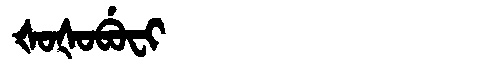
Manchu: ᡧᠣᡧᠣᠪᡠᠸᡳ
Romanization: ŠOŠOBUFI